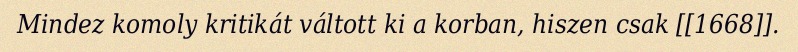
Mindez komoly kritikát váltott ki a korban, hiszen csak [[1668]].